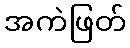
အကဲဖြတ်